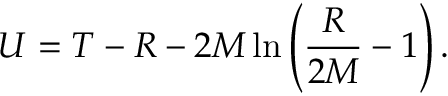
U = T - R - 2 M \ln \left( \frac { R } { 2 M } - 1 \right) .